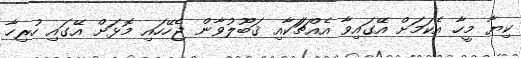
ކިޔާ މީހާ އެކަމަށް އޭގައިވާ އެއްޗަަކާއި ޤަބޫލުވާން ޖެހޭހައި މޮޅަށް އޭގައި ހުރިހާ